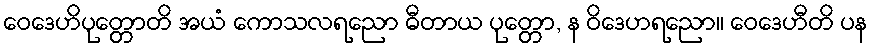
ဝေဒေဟိပုတ္တောတိ အယံ ကောသလရညော ဓီတာယ ပုတ္တော, န ဝိဒေဟရညော။ ဝေဒေဟီတိ ပန